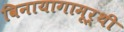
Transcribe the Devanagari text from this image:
विनायागामूर्थी